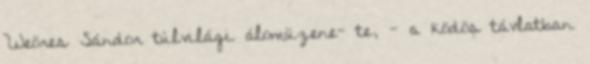
Weöres Sándor túlvilági álomüzene- te, - a ködös távlatban